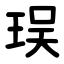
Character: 㻍